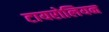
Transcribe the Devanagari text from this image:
टायरोलियन